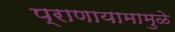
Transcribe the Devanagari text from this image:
प्राणायामामुळे